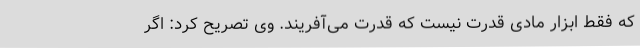
که فقط ابزار مادی قدرت نیست که قدرت می‌آفریند. وی تصریح کرد: اگر